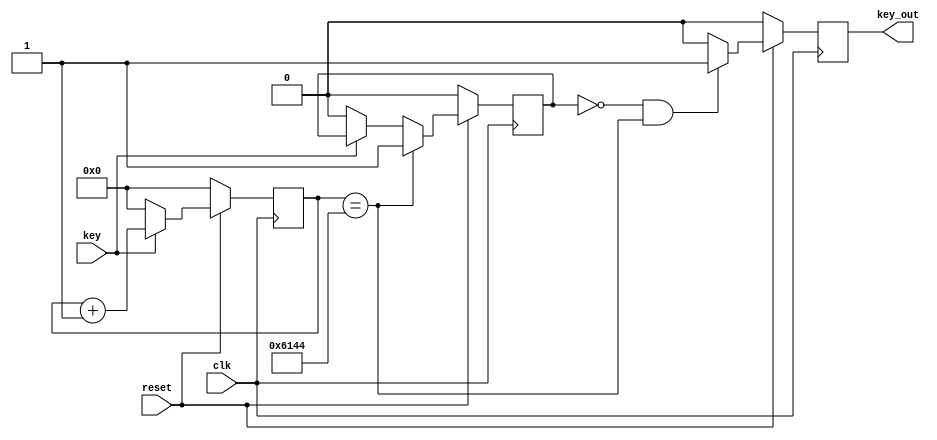
//
//
//reset

module xiaodou(	
	input clk,
    input reset,
    input key,
    output  key_out
	);
	
	reg keyout_reg;
	reg [17:0] cnt;
	reg count_full;
	
	//flag
	always @(posedge clk) begin
		if (!reset) cnt<=0;
		else if ( key ) cnt<=cnt+1;
		else cnt<=0;
	end
	
	//count full
	always @(posedge clk) begin
		if (!reset) count_full<=0;
		else if (cnt==24900) count_full<=1;
		else if (!key) count_full<=0;
		else count_full<=count_full;
	end
	
	//
	always @ (posedge clk) begin
		if (!reset) keyout_reg<=0;
		else if (!count_full && cnt==24900) keyout_reg<=1;
		else keyout_reg<=0;
	end
	
	assign key_out=keyout_reg;
endmodule